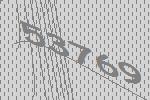
53769